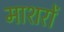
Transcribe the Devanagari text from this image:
माशरों